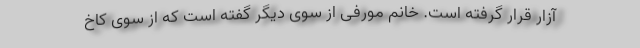
آزار قرار گرفته است. خانم مورفی از سوی دیگر گفته است که از سوی کاخ